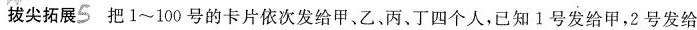
拔尖拓展5把1~100号的卡片依次发给甲、乙、丙、丁四个人，已知1号发给甲，2号发给